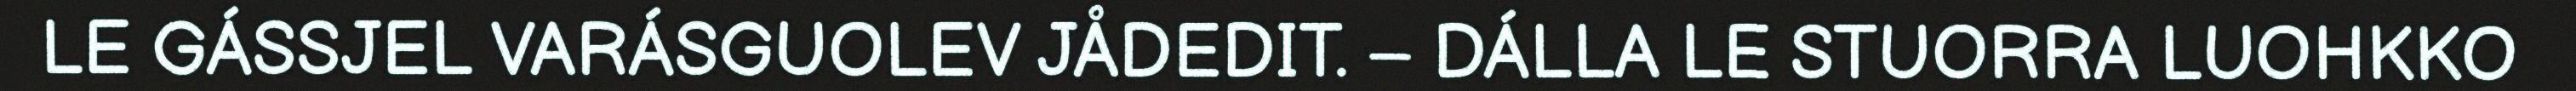
LE GÁSSJEL VARÁSGUOLEV JÅDEDIT. – DÁLLA LE STUORRA LUOHKKO